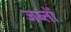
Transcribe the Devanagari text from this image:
जब्तों